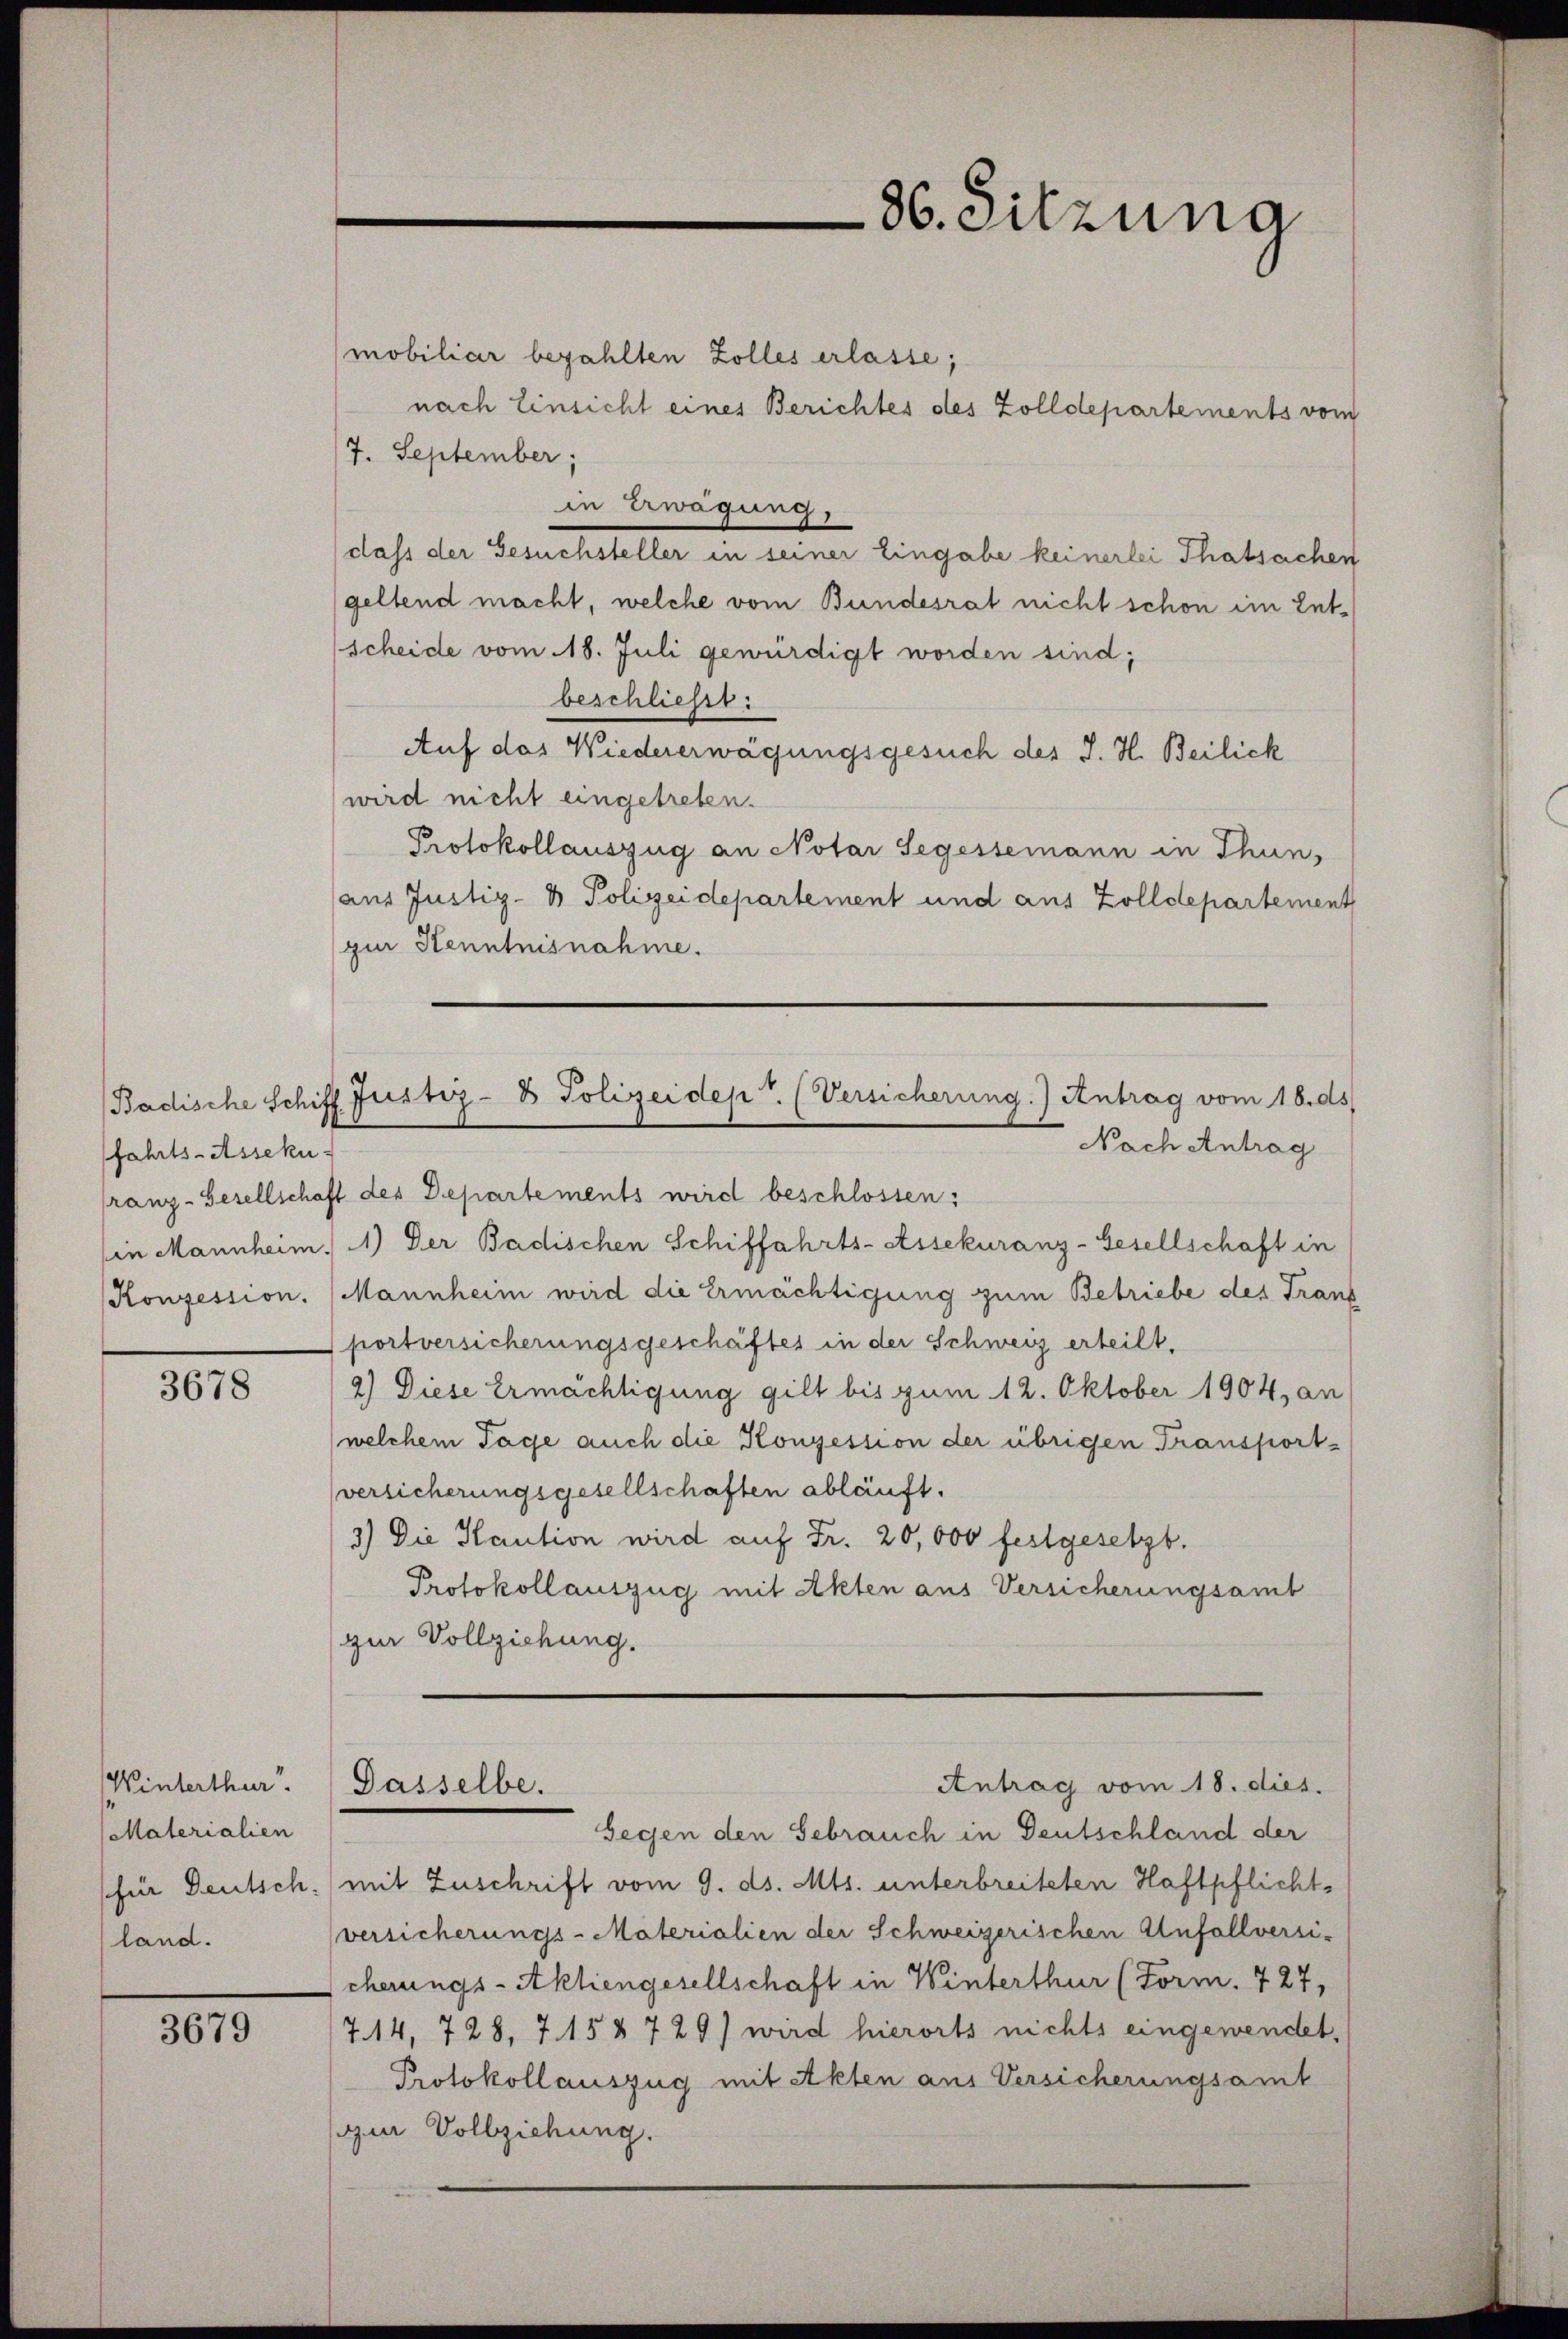
fahrts-Asseku¬

3678

Winterthur.
Materialien
(für Deutsch.
land.

3679

mobiliar bezahlten Zolles erlasse;
nach Einsicht eines Berichtes des Zolldepartements vom
7. September;
in Erwägung,
dass der Gesuchsteller in seiner Eingabe keinerlei Thatsachen
geltend macht, welche vom Bundesrat nicht schon im Entscheide vom 18. Juli gewürdigt worden sind;
beschließt:
Auf das Wiedererwägungsgesuch des J. H. Beilick
wird nicht eingetreten.
Protokollauszug an Notar Segessemann in Thun,
aus Justiz- & Polizeidepartement und aus Zolldepartement
zur Kenntnisnahme.
Badische Schiff Justiz- & Polizeidept. (Versicherung.) Antrag vom 18. ds.
Nach Antrag
franz-Gesellschaft des Departements wird beschlossen:
in Mannheim. 1) Der Badischen Schiffahrts-Assekuranz-Gesellschaft in
(Konzession. Mannheim wird die Ermächtigung zum Betriebe des Trauf
portversicherungsgeschäftes in der Schweiz erteilt,
2) Diese Ermächtigung gilt bis zum 12. Oktober 1904, an
welchem Tage auch die Konzession der übrigen Transport-
versicherungsgesellschaften abläuft.
3.) Die Kaution wird auf Fr. 20,000 festgesetzt.
Protokollauszug mit Akten aus Versicherungsamt
zur Vollziehung.

Gegen den Gebrauch in Deutschland der
mit Zuschrift vom 9. ds. Mts. unterbreiteten Haftpflichts
versicherungs-Materialien der Schweizerischen Anfallversicherungs-Aktiengesellschaft in Winterthur (Form. 727,
714, 728, 7. 158 729) wird hierorts nichts eingewendet,
Protokollauszug mit Akten aus Versicherungsamt
ur Vollziehung.

86. Sitzung

Dasselbe.

Antrag vom 18. dies.